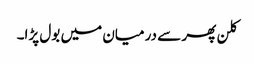
کلن پھر سے درمیان میں بول پڑا۔